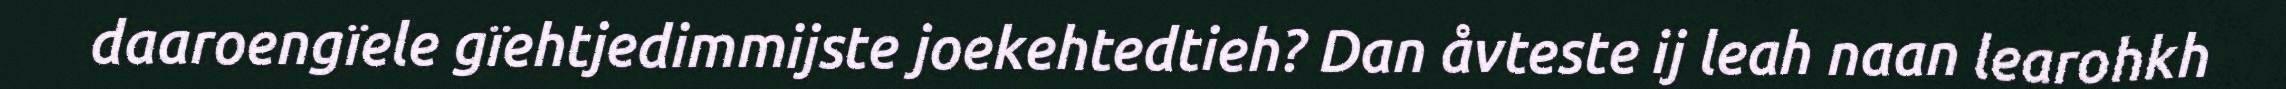
daaroengïele gïehtjedimmijste joekehtedtieh? Dan åvteste ij leah naan learohkh